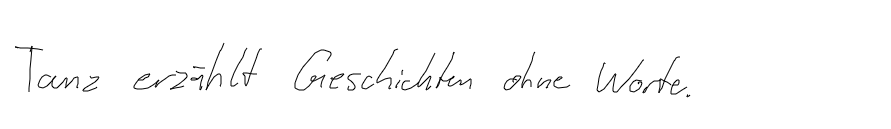
Tanz erzählt Geschichten ohne Worte.